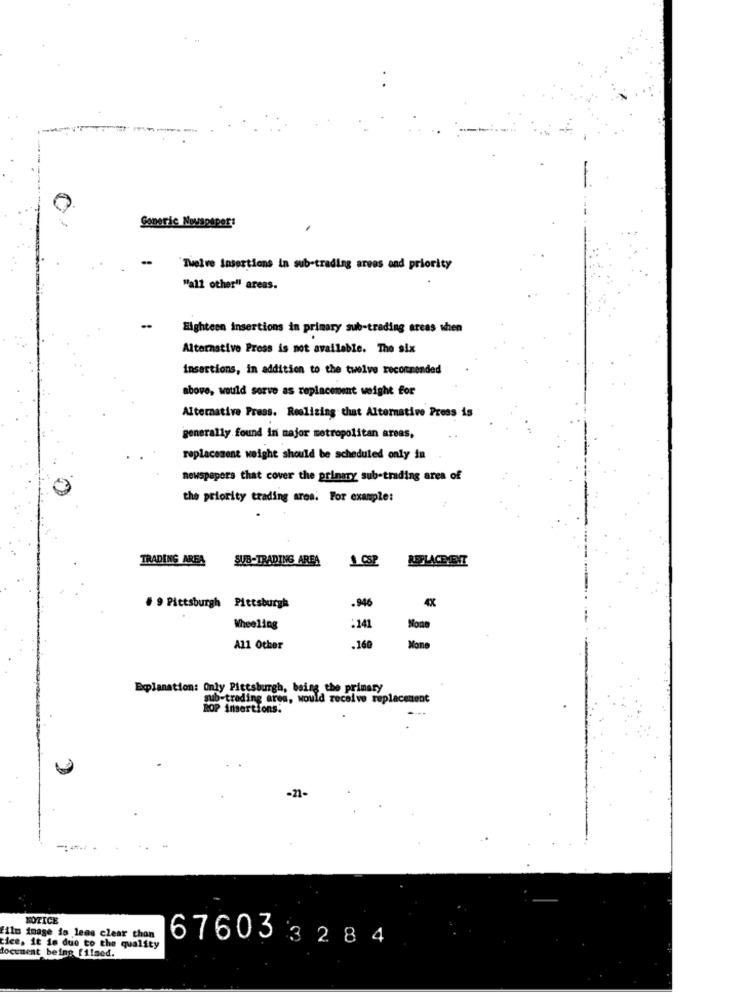
Soneric Nouspaper:
-
Twelve Insertions in sub-trading areas and priority
"all other" areas.
Eighteen insertions in primary sub-trading areas when
Alternative Press is not available. The six
insertions, in addition to the twelve recommended
above, would serve as replacement weight for
Alternative Press. Realizing that Alternative Press is
generally found in major metropolitan areas,
replacement weight should be scheduled only in
newspapers that cover the primary sub-trading area of
the priority trading ares. For example:
TRADING AREA
SUB-TRADING AREA
1 CSP
REPLACEMENT
.946
4X
# 9 Pittsburgh Pittsburgh
Wheeling
:141
All Other
.160
Explanation: Only Pittsburgh, being the primary
sub-trading area, would receive replacement
ROP insertions.
MOTICE
ilm image is lens clear thon
676033284
tice, it is due to the quality
document being filsed.